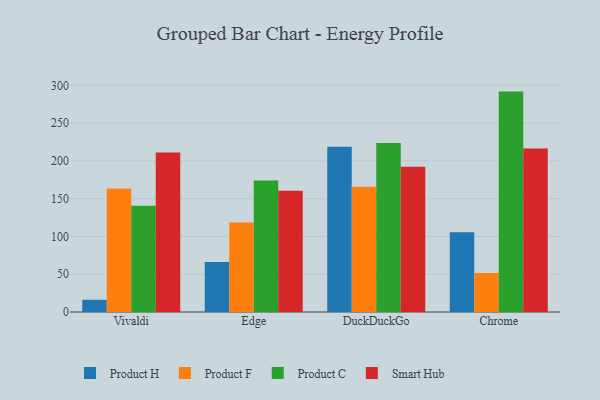
{"axis": {"x": "Browser", "y": "Net Income (USD K)"}, "legend": ["Product C", "Product F", "Product H", "Smart Hub"], "data": [{"x": "Vivaldi", "y": 16.2, "type": "Product H"}, {"x": "Vivaldi", "y": 163.6, "type": "Product F"}, {"x": "Vivaldi", "y": 140.5, "type": "Product C"}, {"x": "Vivaldi", "y": 211.1, "type": "Smart Hub"}, {"x": "Edge", "y": 66.3, "type": "Product H"}, {"x": "Edge", "y": 118.5, "type": "Product F"}, {"x": "Edge", "y": 174.2, "type": "Product C"}, {"x": "Edge", "y": 160.6, "type": "Smart Hub"}, {"x": "DuckDuckGo", "y": 218.8, "type": "Product H"}, {"x": "DuckDuckGo", "y": 165.8, "type": "Product F"}, {"x": "DuckDuckGo", "y": 223.8, "type": "Product C"}, {"x": "DuckDuckGo", "y": 192.3, "type": "Smart Hub"}, {"x": "Chrome", "y": 105.4, "type": "Product H"}, {"x": "Chrome", "y": 51.5, "type": "Product F"}, {"x": "Chrome", "y": 291.7, "type": "Product C"}, {"x": "Chrome", "y": 216.5, "type": "Smart Hub"}]}